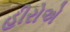
હીરોએ